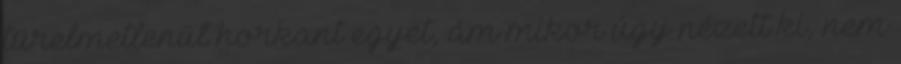
türelmetlenül horkant egyet, ám mikor úgy nézett ki, nem